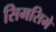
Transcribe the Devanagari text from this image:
सिमसिमे